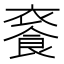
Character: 𩛚